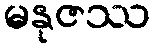
မနုဇဿ